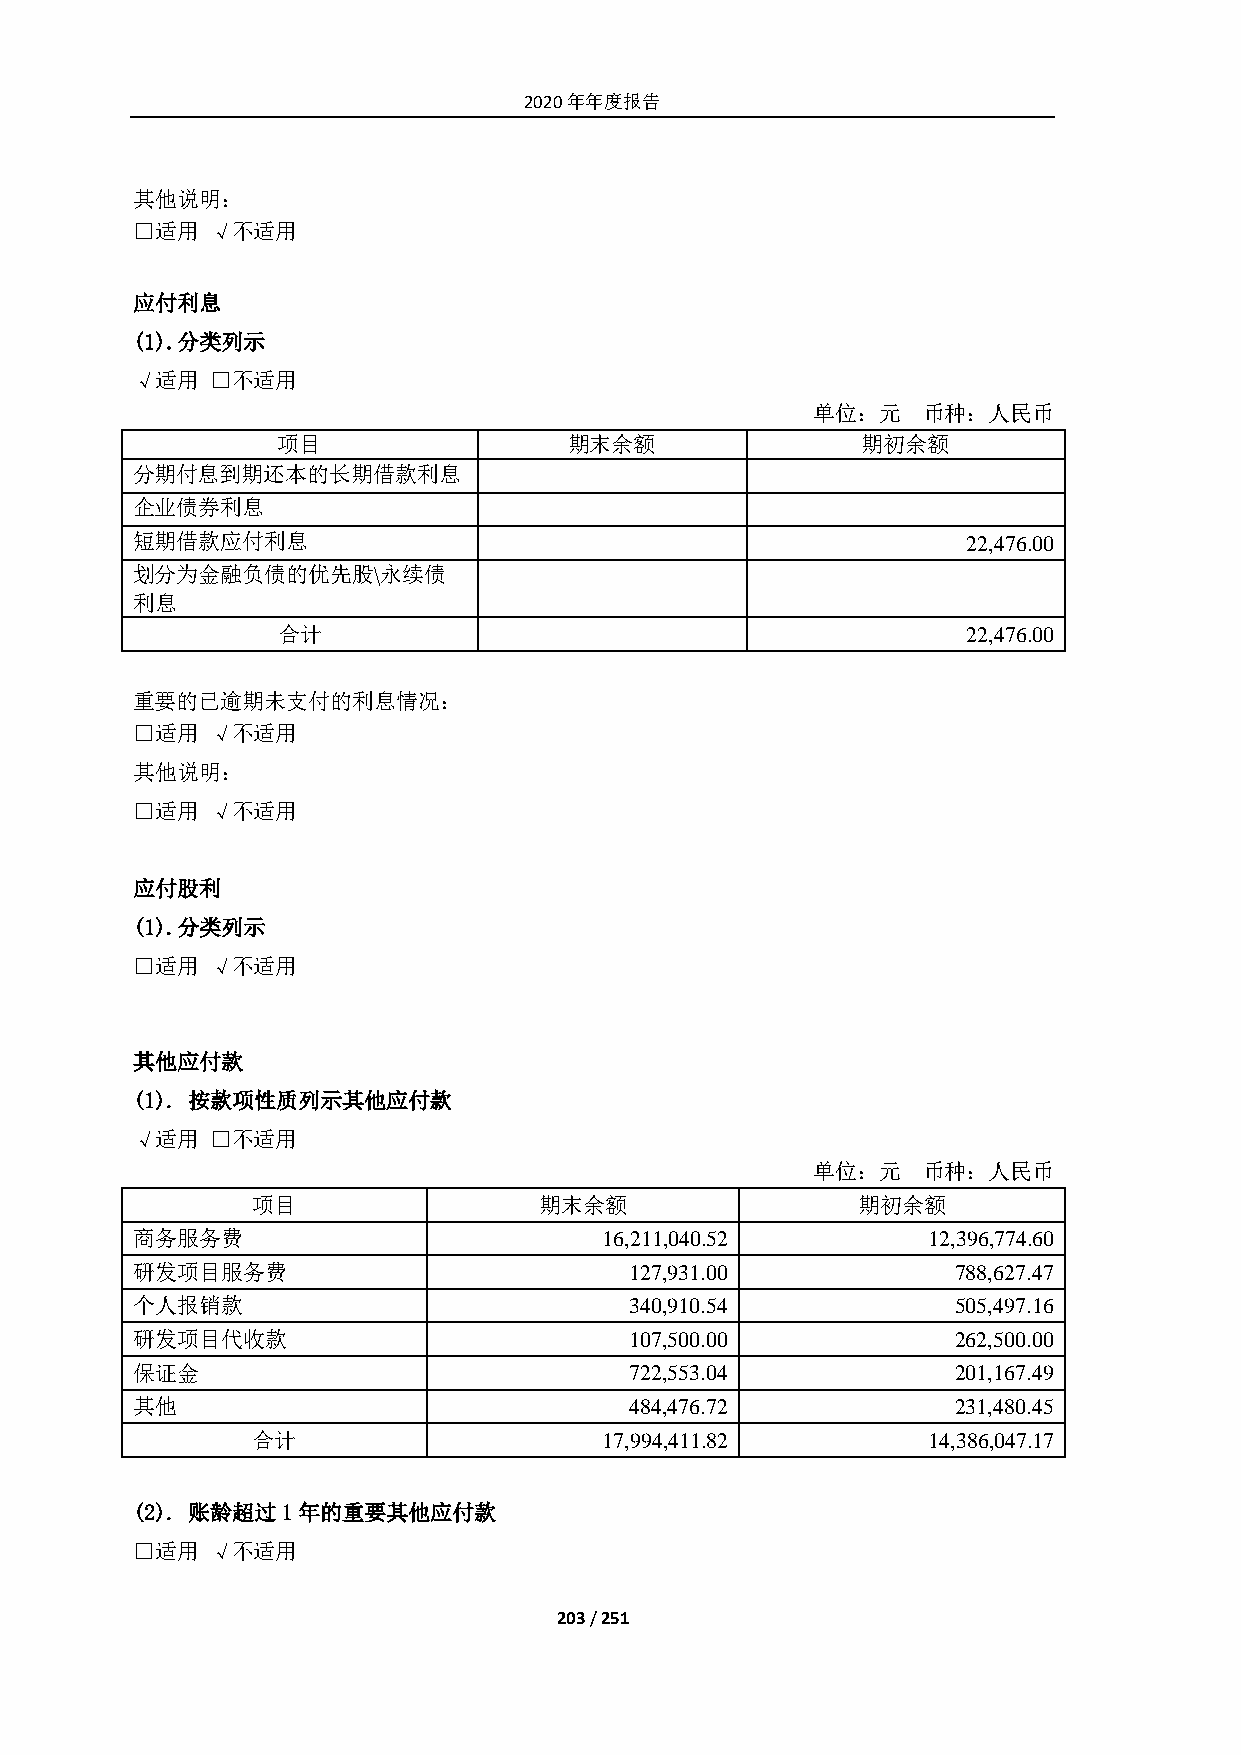
2020年年度报告
 其他说明：
 □适用  √不适用
 应付利息
 (1). 分类列示
 √适用  □不适用
 单位：元   币种：人民币
 项目                  期末余额               期初余额
 分期付息到期还本的长期借款利息
 企业债券利息
 短期借款应付利息                                               22,476.00
 划分为金融负债的优先股\永续债
 利息
 合计                                            22,476.00
 重要的已逾期未支付的利息情况：
 □适用  √不适用
 其他说明：
 □适用  √不适用
 应付股利
 (1). 分类列示
 □适用  √不适用
 其他应付款
 (1). 按款项性质列示其他应付款
 √适用  □不适用
 单位：元   币种：人民币
 项目                 期末余额                 期初余额
 商务服务费                          16,211,040.52        12,396,774.60
 研发项目服务费                          127,931.00           788,627.47
 个人报销款                            340,910.54           505,497.16
 研发项目代收款                          107,500.00           262,500.00
 保证金                              722,553.04           201,167.49
 其他                               484,476.72           231,480.45
 合计                     17,994,411.82        14,386,047.17
 (2). 账龄超过1年的重要其他应付款
 □适用  √不适用
 203 / 251